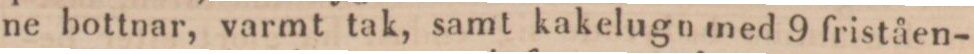
ne bottnar, varmt tak, samt kakelugn med 9 friståen-